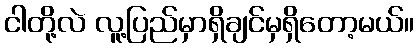
ငါတို့လဲ လူ့ပြည်မှာရှိချင်မှရှိတော့မယ်။